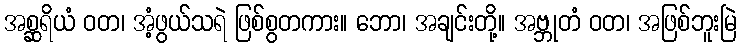
အစ္ဆရိယံ ဝတ၊ အံ့ဖွယ်သရဲ ဖြစ်စွတကား။ ဘော၊ အချင်းတို့။ အဗ္ဘုတံ ဝတ၊ အဖြစ်ဘူးမြဲ